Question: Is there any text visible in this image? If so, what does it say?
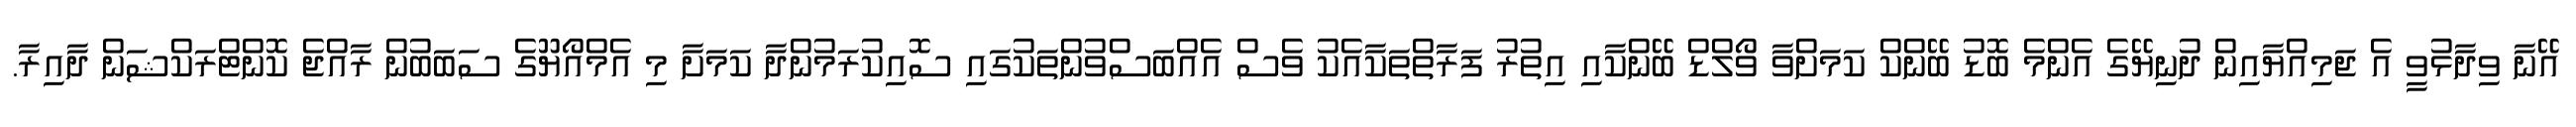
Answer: އޭނާ ވިދާޅުވީ އެ ޖަމިއްޔާއިން ދުނިޔޭގެ އެންމެ ބޮޑު ބޭންކް ކަމަށްވާ ވޯލްޑް ބޭންކާއި އިތުރު ފަރާތްތަކާއެކު ވެސް އެއްބަސްވުންތަކުގައި ސޮއިކުރަމުންދާ ކަމަށާ މި އެމްއޯޔޫގެ ސަބަބުން ރާއްޖެ ކޮންޓްރަކްޝަން ދާއިރާ.